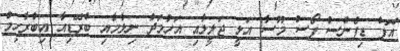
އޮފް ޑިފެންސް ފޯސް މޫސާ އަލީ ޖަލީލާއި އަހުމަދު ނިލާމާއި ބްރޭޑިއާ އިބްރާހިމް